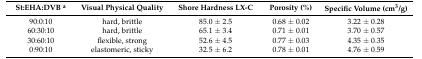
<table><thead><tr><td><b>St:EHA:DVB <sup>a</sup></b></td><td><b>Visual Physical Quality</b></td><td><b>Shore Hardness LX-C</b></td><td><b>Porosity (%)</b></td><td><b>Specific Volume (cm<sup>3</sup>/g)</b></td></tr></thead><tbody><tr><td>90:0:10</td><td>hard, brittle </td><td>85.0 ± 2.5</td><td>0.68 ± 0.02</td><td>3.22 ± 0.28</td></tr><tr><td>60:30:10</td><td>hard, brittle </td><td>65.1 ± 3.4</td><td>0.71 ± 0.01</td><td>3.70 ± 0.57</td></tr><tr><td>30:60:10</td><td>flexible, strong</td><td>52.6 ± 4.5</td><td>0.77 ± 0.03</td><td>4.35 ± 0.35</td></tr><tr><td>0:90:10</td><td>elastomeric, sticky</td><td>32.5 ± 6.2</td><td>0.78 ± 0.01</td><td>4.76 ± 0.59</td></tr></tbody></table>